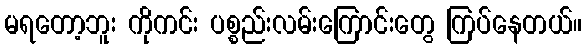
မရတော့ဘူး ကိုကင်း ပစ္စည်းလမ်းကြောင်းတွေ ကြပ်နေတယ်။